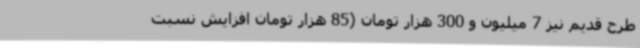
طرح قدیم نیز 7 میلیون و 300 هزار تومان (85 هزار تومان افزایش نسبت